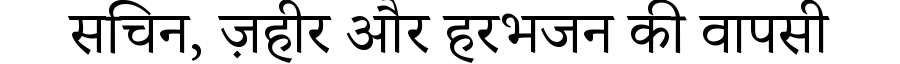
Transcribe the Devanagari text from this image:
सचिन, ज़हीर और हरभजन की वापसी